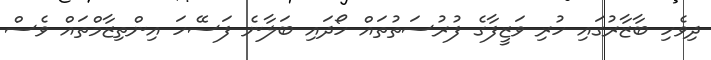
ދިވެހި ބާޒާރުގައި ހުރި ވަޒީފާގެ ފުރުސަތުތައް ހޯދައި ބަލާނެ ފަސޭހަ އިންތިޒާމްތައް ވެސް